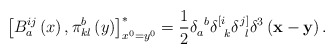
\begin{align*}\left[ B_a^{ij}\left( x\right) ,\pi _{kl}^b\left( y\right) \right]_{x^0=y^0}^{*}=\frac 12\delta _a^{\;\;b}\delta _{\;\;k}^{\left[ i\right.}\delta _{\;\;l}^{\left. j\right] }\delta ^3\left( {\bf x}-{\bf y}\right) .\end{align*}